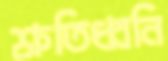
শ্রুতিধ্বনি